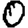
Digit: 0